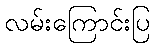
လမ်းကြောင်းပြ